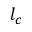
l _ { c }